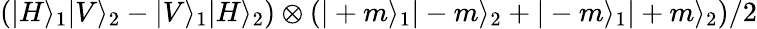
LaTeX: \left(|H\rangle_{1}|V\rangle_{2}-|V\rangle_{1}|H\rangle_{2}\right)\otimes\left(|+m\rangle_{1}|-m\rangle_{2}+|-m\rangle_{1}|+m\rangle_{2}\right)/2